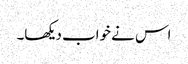
اس نے خواب دیکھا۔